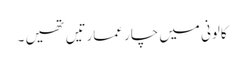
کالونی میں چار عمارتیں تھیں ۔